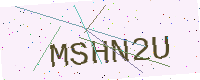
Text: MSHN2U